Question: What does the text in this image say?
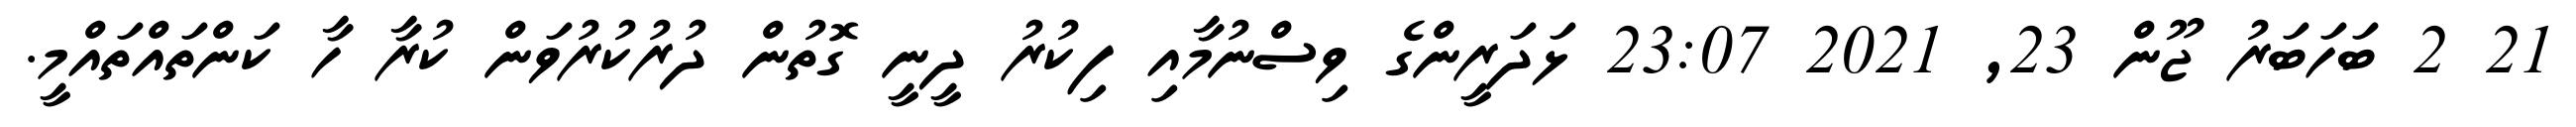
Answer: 21 2 ބަހަބަރު ޖޫން 23, 2021 23:07 ޅަދަރީންގެ ވިސްނުމާއި ފިކުރު ދީނީ ގޮތުން ދުރުކުރުވަން ކުރާ ހާ ކަންތައްތައްމީ.